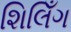
શિલિઁગ